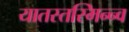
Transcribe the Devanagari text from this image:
यातस्तस्मिन्न्व